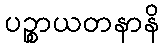
ပဉ္စာယတနာနိ